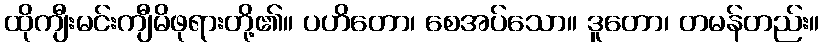
ထိုကျီးမင်းကျီမိဖုရားတို့၏။ ပဟိတော၊ စေအပ်သော။ ဒူတော၊ တမန်တည်း။